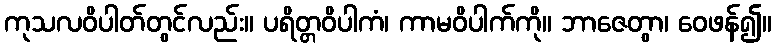
ကုသလဝိပါတ်တွင်လည်း။ ပရိတ္တဝိပါကံ၊ ကာမဝိပါက်ကို။ ဘာဇေတွာ၊ ဝေဖန်၍။